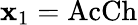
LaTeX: \mathbf{x}_{1}=\mathrm{{AcCh}}